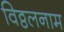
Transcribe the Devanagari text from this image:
विठ्ठलनाम